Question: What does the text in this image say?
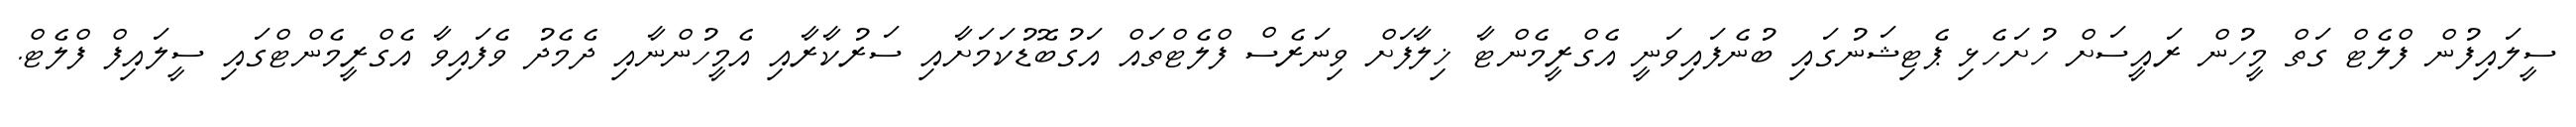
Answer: ސީލައިފުން ފްލެޓް ގަތް މީހުން ރައީސަށް ހުށަހެޅި ޕެޓިޝަނުގައި ބުނެފައިވަނީ އެގްރީމެންޓާ ޚިލާފަށް ވިނަރެސް ފްލެޓްތައް އަގުބޮޑުކަމަށާއި ސަރުކާރާއި އެމީހުންނާއި ދެމެދު ވެފައިވާ އެގްރީމެންޓްގައި ސީލައިފް ފްލެޓް.